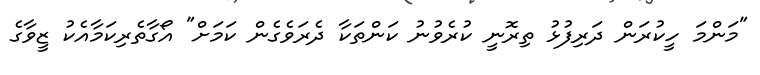
"މަންމަ ހީކުރަން ދަރިފުޅު ތިރޮނީ ކުރެވުނު ކަންތަކާ ދެރަވެގެން ކަމަށް" އޯގާތެރިކަމާއެކު ޒީވާގެ